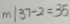
m \vert 3 7 - 2 = 3 5